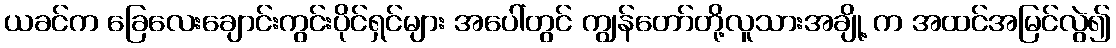
ယခင်က ခြေလေးချောင်းကွင်းပိုင်ရှင်များ အပေါ်တွင် ကျွန်တော်တို့လူသားအချို့ က အထင်အမြင်လွဲ၍